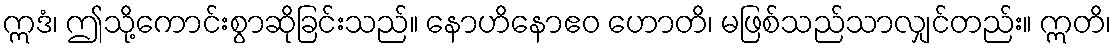
ဣဒံ၊ ဤသို့ကောင်းစွာဆိုခြင်းသည်။ နောဟိနောဧဝ ဟောတိ၊ မဖြစ်သည်သာလျှင်တည်း။ ဣတိ၊